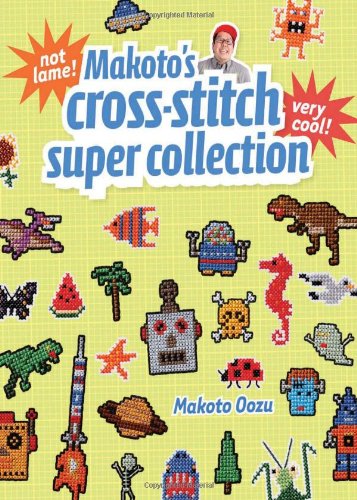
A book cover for Makoto's Cross Stitch Super Collection; Crafts, Hobbies & Home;